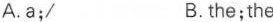
A.a;/ B.the;the